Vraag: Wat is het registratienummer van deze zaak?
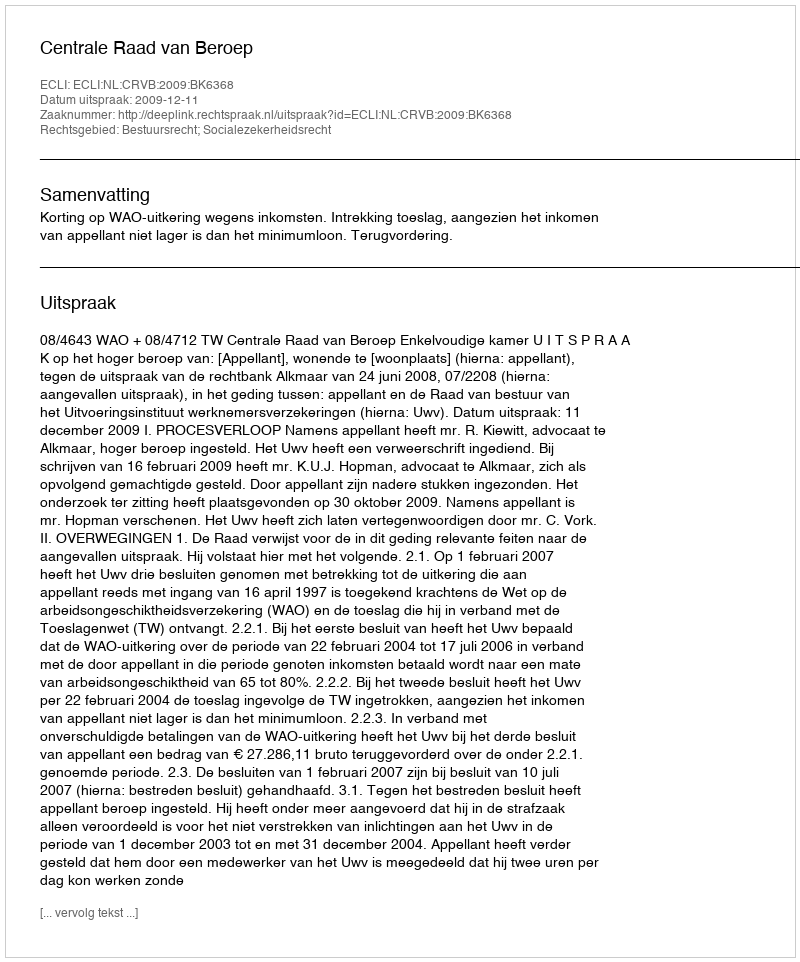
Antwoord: http://deeplink.rechtspraak.nl/uitspraak?id=ECLI:NL:CRVB:2009:BK6368